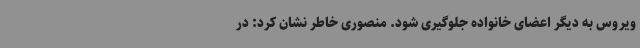
ویروس به دیگر اعضای خانواده جلوگیری شود. منصوری خاطر نشان کرد: در